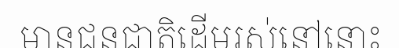
មានជនជាតិដើមរស់នៅនោះ